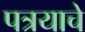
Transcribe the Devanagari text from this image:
पत्रयाचे